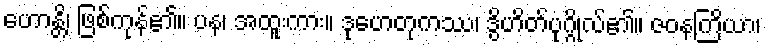
ဟောန္တိ၊ ဖြစ်ကုန်၏။ ပန၊ အထူးကား။ ဒုဟေတုကဿ၊ ဒွိဟိတ်ပုဂ္ဂိုလ်၏။ ဇဝနကြိယာ၊